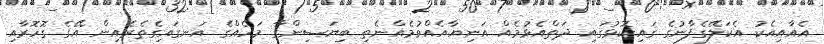
އެއާއިއެކު އެކަލޭގެފާނުގެ ގައިކޮޅުގައި ދަތްއެޅުމެއް އަނިޔާއެއްވުމެއްނެތި ބިޔަސިންގާ މަހެއްގެ އަނގައިގެތެރެއިން އޭގެ ގޮހޮރާއި